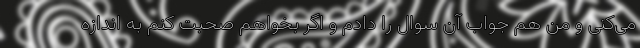
می‌کنی و من هم جواب آن سوال را دادم و اگر بخواهم صحبت کنم به اندازه